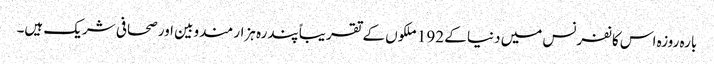
بارہ روزہ اس کانفرنس میں دنیا کے 192 ملکوں‍ کے تقریباً پندرہ ہزار مندوبین اور صحافی شریک ہیں۔